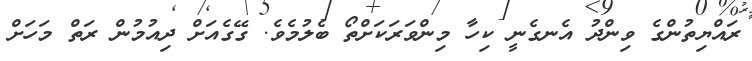
ރައްޔިތުންގެ ވިންދު އެނގެނީ ކިހާ މިންވަރަކަށްތޯ ބެލުމެވެ. ގޭގެއަށް ދިއުމުން ރަތް މަހަށް